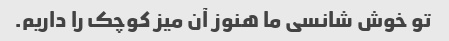
تو خوش شانسی ما هنوز آن میز کوچک را داریم.